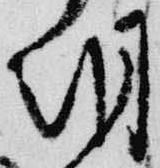
朝